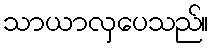
သာယာလှပေသည်။